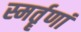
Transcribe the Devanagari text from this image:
स्मर्तॄणां